Report on the bubonic plague in Bombay, 1896-1897
Year: 1896
Disease focus: Plague
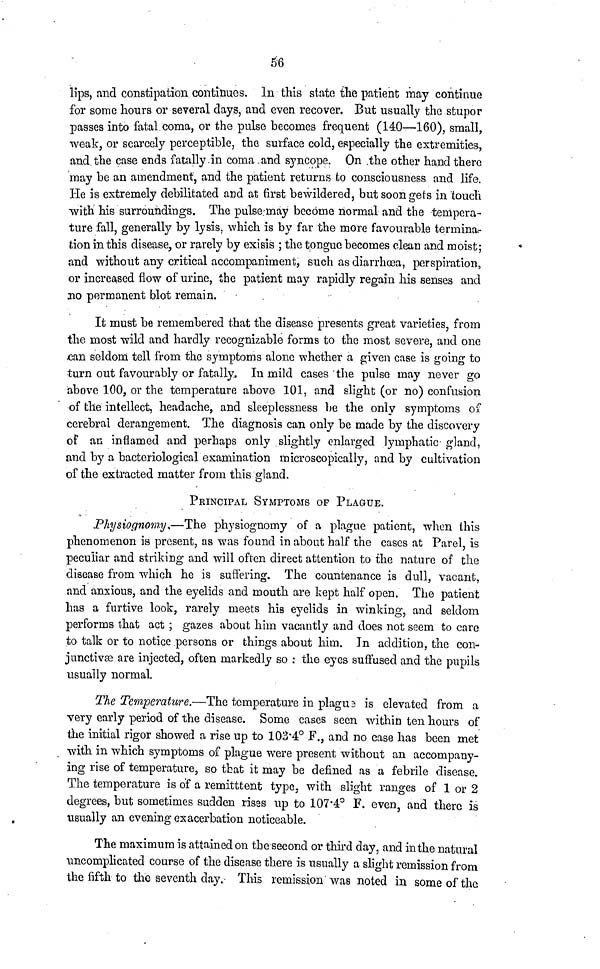
56
lips, and constipation continues. In this state the patient may continue
for some hours or several days, and even recover. But usually the stupor
passes into fatal coma, or the pulse becomes frequent (140—160), small,
weak, or scarcely perceptible, the surface cold, especially the extremities,
and the case ends fatally in coma and syncope. On the other hand there
may be an amendment, and the patient returns to consciousness and life.
He is extremely debilitated and at first bewildered, but soon gets in touch
with his surroundings. The pulse may become normal and the tempera-
ture fall, generally by lysis, which is by far the more favourable terminar
tion in this disease, or rarely by exisis ; the tongue becomes clean and moist;
and without any critical accompaniment, such as diarrhœa, perspiration,
or increased flow of urine, the patient may rapidly regain his senses and
no permanent blot remain.
It must be remembered that the disease presents great varieties, from
the most wild and hardly recognizable forms to the most severe, and one
can seldom tell from the symptoms alone whether a given case is going to
turn out favourably or fatally. In mild cases the pulse may never go
above 100, or the temperature above 101, and slight (or no) confusion
of the intellect, headache, and sleeplessness be the only symptoms of
cerebral derangement. The diagnosis can only be made by the discovery
of an inflamed and perhaps only slightly enlarged lymphatic gland,
and by a bacteriological examination microscopically, and by cultivation
of the extracted matter from this gland.
PRINCIPAL SYMPTOMS OP PLAGUE.
Physiognomy.—The physiognomy of a plague patient, when this
phenomenon is present, as was found in about half the cases at Parel, is
peculiar and striking and will often direct attention to the nature of the
disease from which he is suffering. The countenance is dull, vacant,
and anxious, and the eyelids and mouth are kept half open. The patient
has a furtive look, rarely meets his eyelids in winking, and seldom
performs that act ; gazes about him vacantly and does not seem to care
to talk or to notice persons or things about him. In addition, the con-
junctivæ are injected, often markedly so : the eyes suffused and the pupils
usually normal.
The Temperature.—The temperature in plague is elevated from a
very early period of the disease. Some cases seen within ten hours of
the initial rigor showed a rise up to 103.4° F., and no case has been met
with in which symptoms of plague were present without an accompany-
ing rise of temperature, so that it may be defined as a febrile disease.
The temperature is of a remitttent type, with slight ranges of 1 or 2
degrees, but sometimes sudden rises up to 107.4° F. even, and there is
usually an evening exacerbation noticeable.
The maximum is attained on the second or third day, and in the natural
uncomplicated course of the disease there is usually a slight remission from
the fifth to the seventh day. This remission was noted in some of the